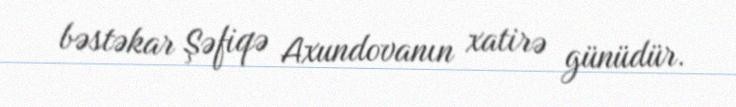
bəstəkar Şəfiqə Axundovanın xatirə günüdür.